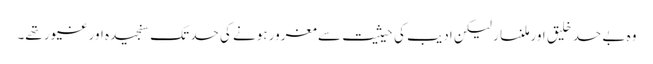
وہ بے حد خلیق اور ملنسار لیکن ادیب کی حیثیت سے مغرور ہونے کی حد تک سنجیدہ اور غیور تھے۔